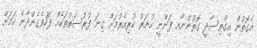
އެގޮތުން އިގްތިސާދީ ގޮތުންނާއ ފަންނީ ހުނަރު ކުރިއެރުމަށް ގިނަ ފުރުސަތުތަކެއް ފަހުވެގެންދާނެ ކަމަށް